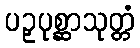
ပဉှပုစ္ဆာသုတ္တံ